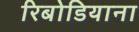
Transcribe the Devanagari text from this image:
रिबोडियाना